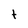
Character: t